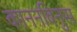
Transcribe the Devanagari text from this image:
काननबिनुस